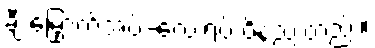
ချီးမြှောက်အပ်-လေးရပ် ဝိနည်းတည်း။